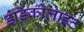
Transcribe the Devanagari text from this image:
इंडिकोलाइट